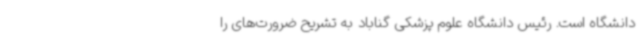
دانشگاه است. رئیس دانشگاه علوم پزشکی گناباد به تشریح ضرورت‌های را